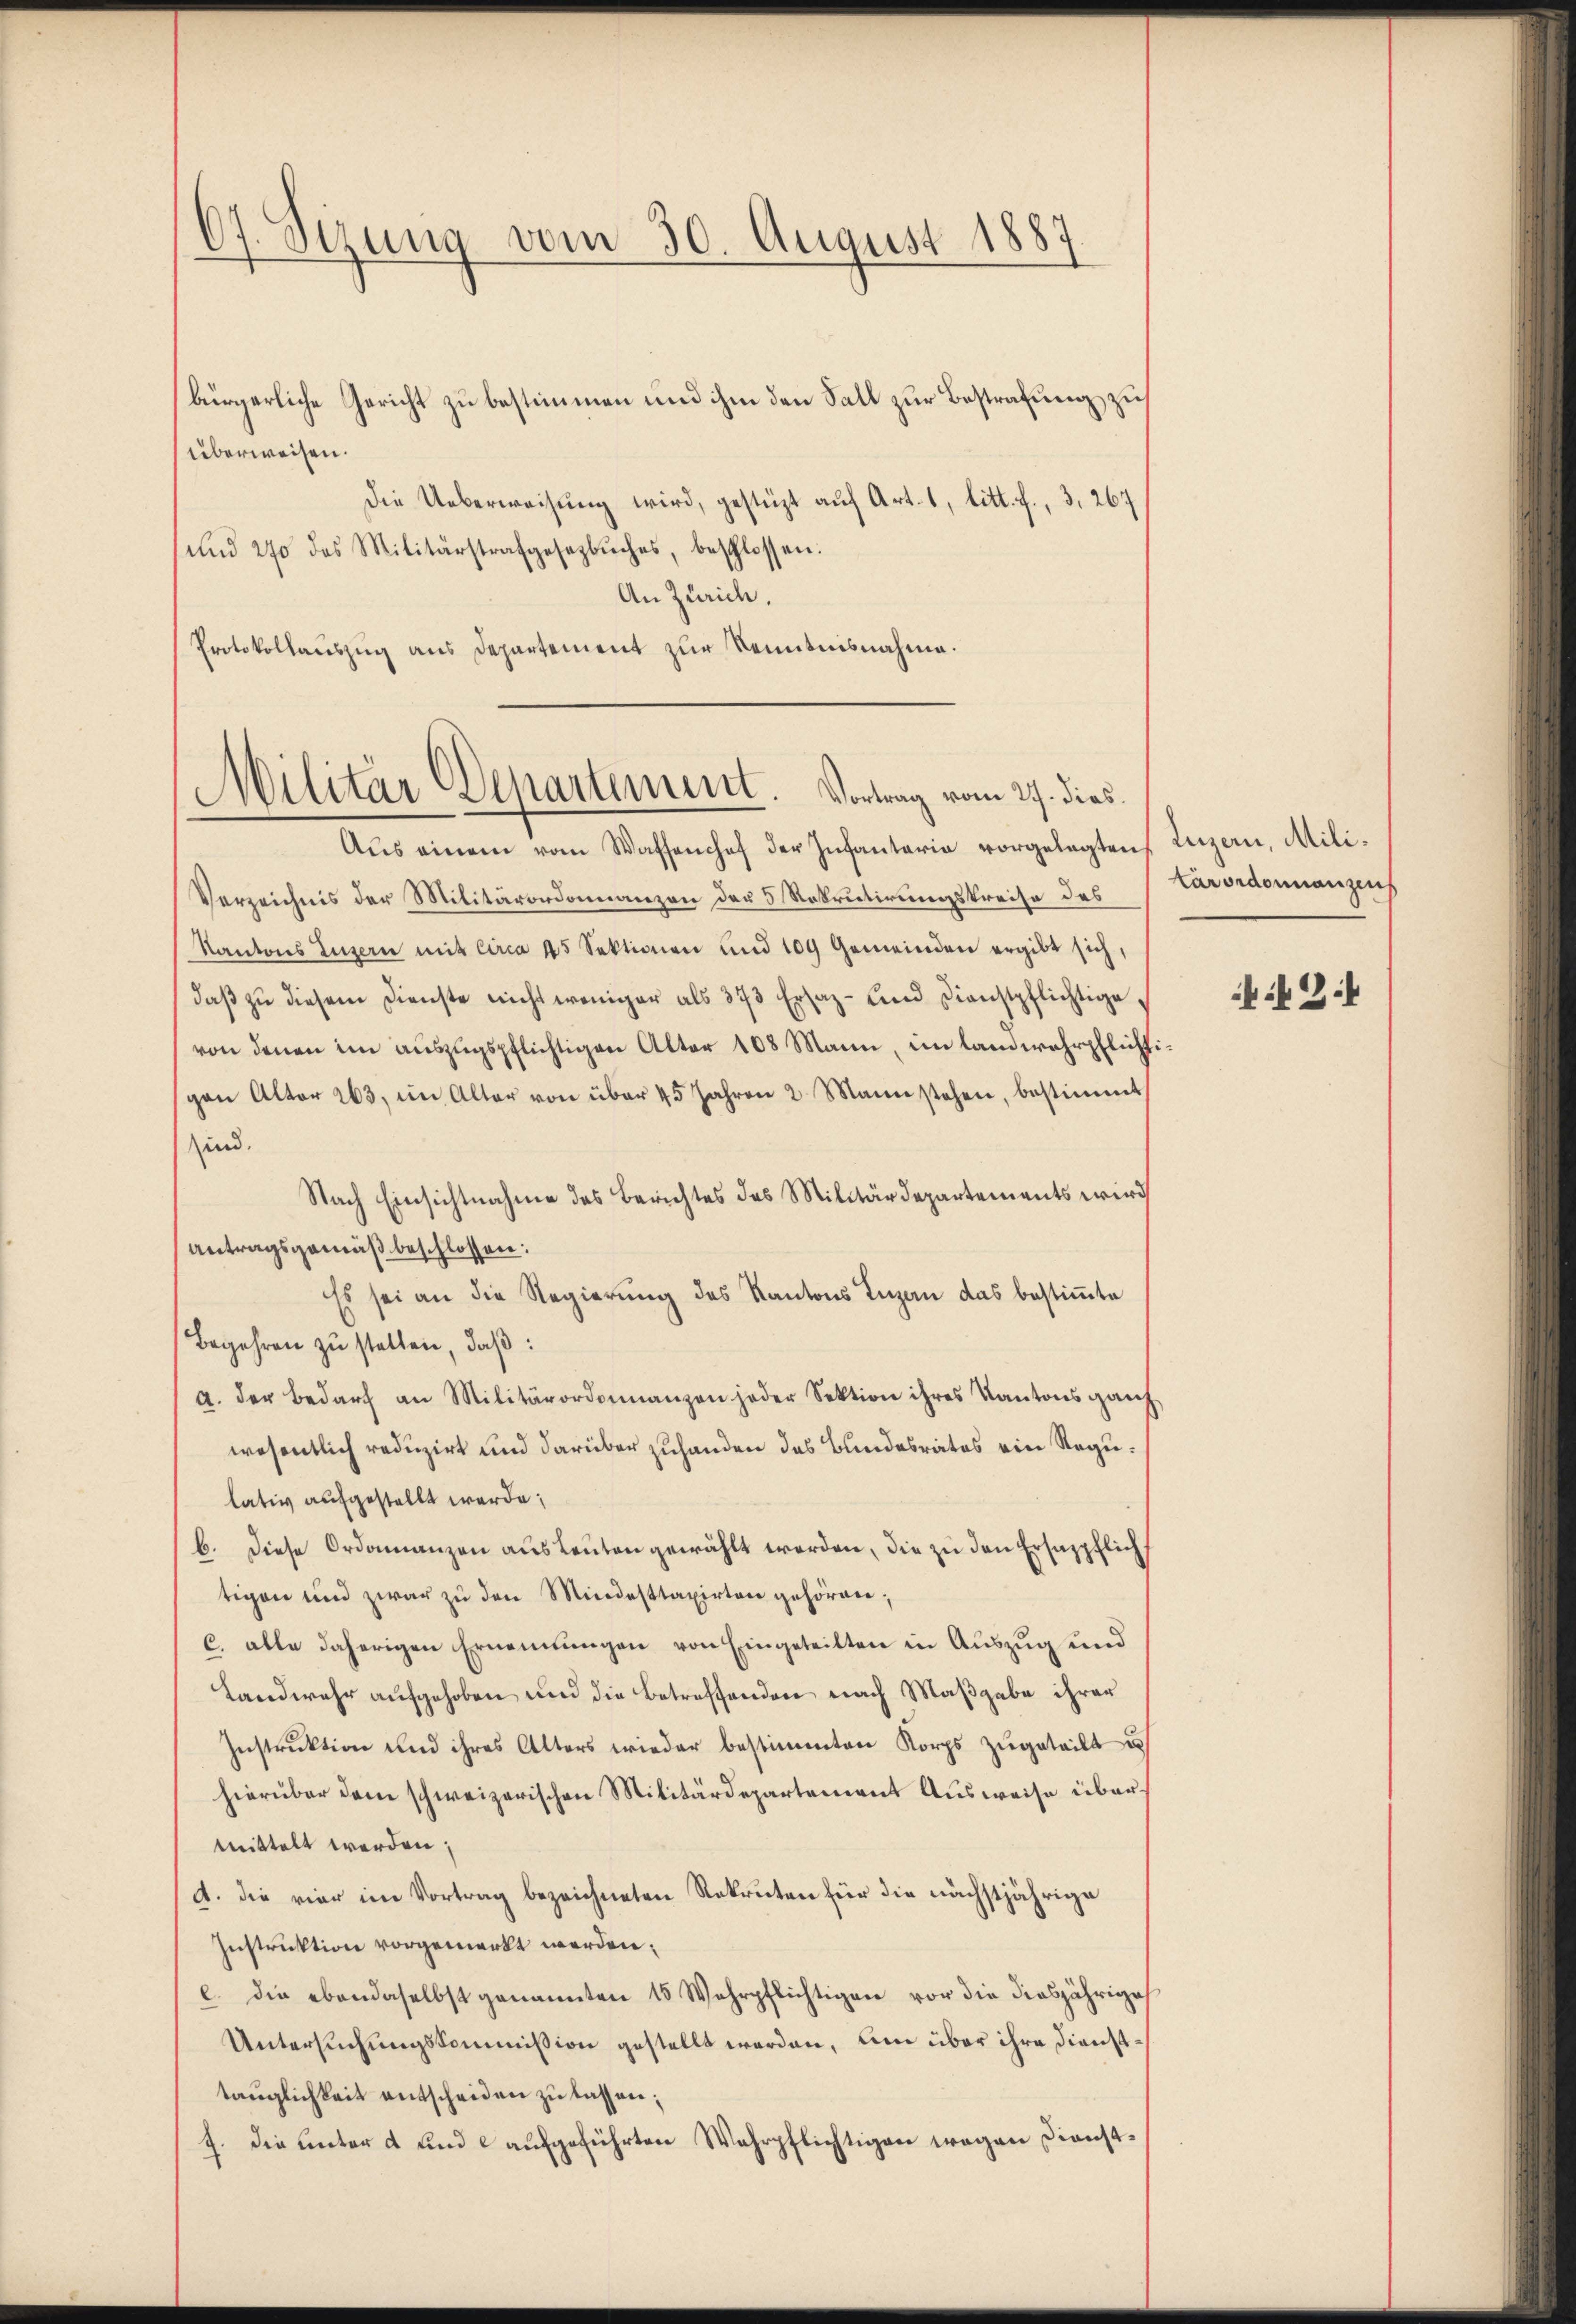
67. Sizung vom 30. August 1887

bürgerliche Gericht zu bestimmen und ihm den Fall zur Bestrafung zu
überweisen.
Die Ueberweisung wird, gestüzt auf Art. 1, litt. f., 3, 267
(und 270 des Militärstrafgesezbŭches, beschlossen:
An Zürich.
Protokollauszug aus Departement zur Kenntnisnahme.

Militär Departement. Vortrag vom 27. dies

Aus einem vom Waffenhof der Infantaria vorgelegten, Luzern, Mili¬
Verzeichnis der Militärordonanzen der 5 Rekrutirungskreise des
Kantons Luzern mit Circa 25 Sektionen und 109 Gemeinden ergibt sich,
daβ zŭ diesem Dienste nicht weniger als 373 Ersaz- und Dienstpflichtigevon denen im auszugspflichtigen Alter 108 Mann, im landwehrpflichtigen Alter 263, im Alter von über 45 Jahren 2 Mann stehen, bestimmt
sind.
Nach Einsichtnahme des Berichtes des Militärdepartements wird
Antragsgemäß beschlossen:
Es sei an die Regierung des Kantons Ingan das bestimmte
Begehren zu stellen, daß:
g. der Bedarf an Militärordonnanzen jeder Sektion ihres Kantons ganz
wesentlich reduzirt und darüber zuhanden das Bundesrates ein Regulativ aufgestellt werde;
b. Diese Ordonnanzen aus Leuten gewählt werden, die zu den Ersappflich
tigen und zwar zŭ den Mindesttaxirten gehören;
c. alle daherigen Ernennungen von Eingeteilten in Auszug und
Landwehr aufgehoben und die Betreffenden nach Maßgabe ihrer
Instrŭktion und ihres Alters wieder bestimmten Korps zugeteilt u
hierüber dem schweizerischen Militärdepartement Ausweise übermittelt werden;
A. die vier im Vortrag bezeichneten Rekruten für die nächstjährige
Instruktion vorgemerkt werden.
e. Die ebendaselbst genannten 15 Wehrpflichtigen vor die diesjährige
Untersuchungskommission gestellt werden, um über ihre Diensttaŭglichkeit entscheiden zŭ lassen;
J. Die unter a und aufgeführten Wahrpflichtigen wegen Dienst¬

Carvidonnanzens

2:1